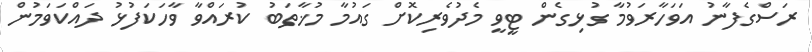
ރަސްގެފާނު އަވަހާރަވުމާ ގުޅިގެން ޓީވީ މެދުވެރިކޮށް ގައުމާ މުޚާތަބު ކުރައްވާ ވާހަކަފުޅު ދައްކަވަމުން